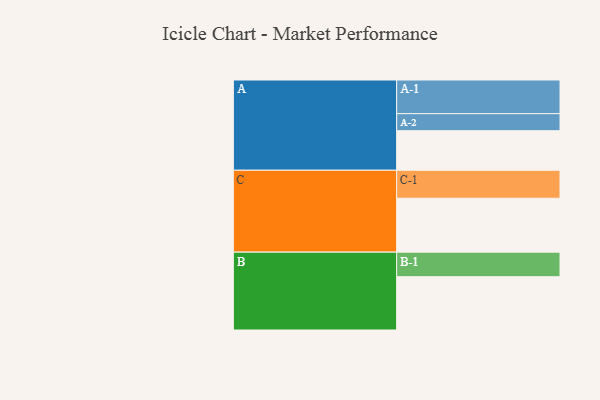
{"axis": {"x": "Segment", "y": "Value"}, "legend": ["", "A", "B", "C"], "data": [{"x": "A", "y": 322, "type": ""}, {"x": "B", "y": 434, "type": ""}, {"x": "C", "y": 439, "type": ""}, {"x": "A-1", "y": 274, "type": "A"}, {"x": "A-2", "y": 139, "type": "A"}, {"x": "B-1", "y": 200, "type": "B"}, {"x": "C-1", "y": 228, "type": "C"}]}